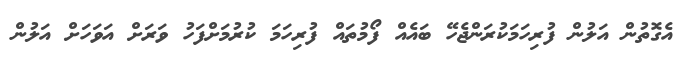
އެގޮތުން އަލުން ފުރިހަމަކުރަންޖެހޭ ބައެއް ފޯމުތައް ފުރިހަމަ ކުރުމަށްފަހު ވަރަށް އަވަހަށް އަލުން